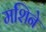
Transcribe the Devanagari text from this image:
मशिने